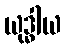
ယုဒ္ဓါယ